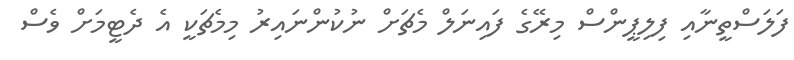
ފަލަސްތީނާއި ފިލިޕީންސް މިރޭގެ ފައިނަލް މެޗަށް ނުކުންނައިރު މިމެޗަކީ އެ ދެޓީމަށް ވެސް